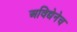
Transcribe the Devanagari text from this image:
अविद्येनेच